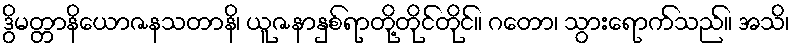
ဒွိမတ္တာနိယောဇနသတာနိ၊ ယူဇနာနှစ်ရာတို့တိုင်တိုင်။ ဂတော၊ သွားရောက်သည်။ အသိ၊